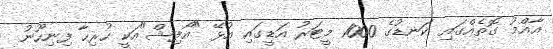
އާއްމު ގޮތެއްގައި ކަނޑުގެ 1000 މީޓަރު އަޑީގައި އުޅޭ "އޯފިޝް"އަކީ ހުރިހާ ފިނިހޫނު